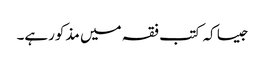
جیسا کہ کتب فقہ میں مذکورہے۔